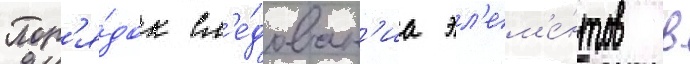
Пор'я́док сл'е́дован'иа эл'ем'е́нтов в